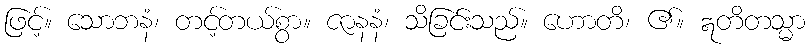
ဖြင့်။ သောဘနံ၊ တင့်တယ်စွာ။ ဇာနနံ၊ သိခြင်းသည်။ ဟောတိ၊ ၏။ ဣတိတသ္မာ